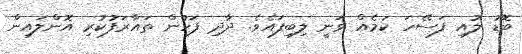
ބޮޑު ލުއި ފަސޭހަ ކަމެއް ވަނީ ލިބިފައެވެ. ދާދި ފަހުން ތައާރަފުކުރި އޮންލައިން